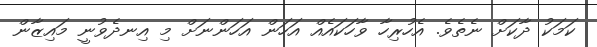
ކަމަކު ދާކަށް ނެތެވެ. އެހުރިހާ ވާހަކައެއް އަހަން އަހަންނަށް މި އިނދެވުނީ މައިޒާން